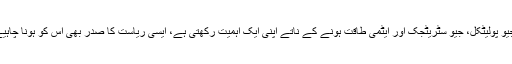
ایک ایسی ریاست کا صدر جو دنیا میں جیو پولیٹکل، جیو سٹریٹجک اور ایٹمی طاقت ہونے کے ناتے اپنی ایک اہمیت رکھتی ہے، ایسی ریاست کا صدر بھی اس کو ہونا چاہیے جو اس ریاست کے اس مقام کا اہل ہو۔